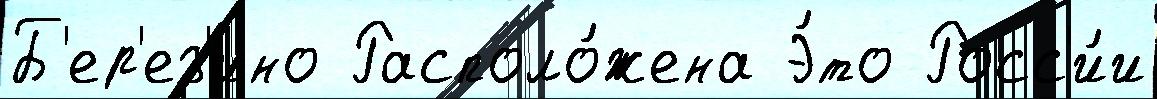
Б'ер'ез'ино Располо́жена Э́то Росс'и́и